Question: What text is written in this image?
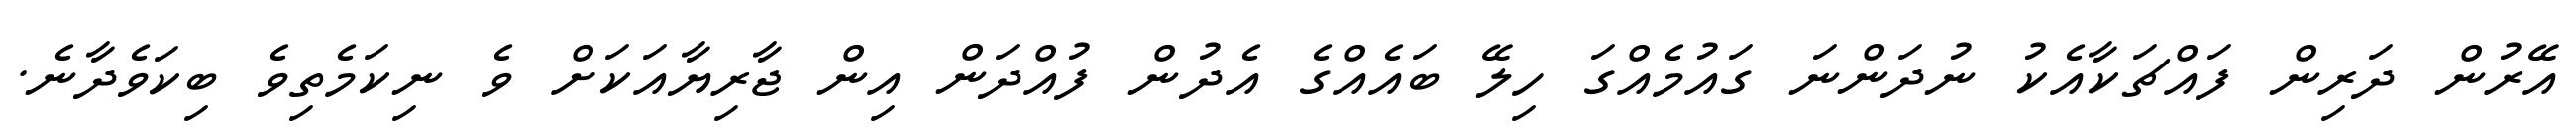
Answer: އޭރުން ދަރިން ފައްޗަކާއެކު ނުދަންނަ ގައުމެއްގަ ހިލޭ ބައެއްގެ އެދުން ފުއްދަން އިން ޖާރިޔާއަކަށް ވެ ނިކަމެތިވެ ބިކަވެދާނެ.